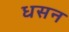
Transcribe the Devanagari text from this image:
धसन